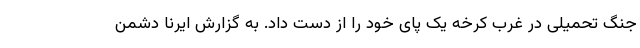
جنگ تحمیلی در غرب کرخه یک پای خود را از دست داد. به گزارش ایرنا دشمن